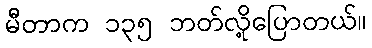
မီတာက ၁၃၅ ဘတ်လို့ပြောတယ်။